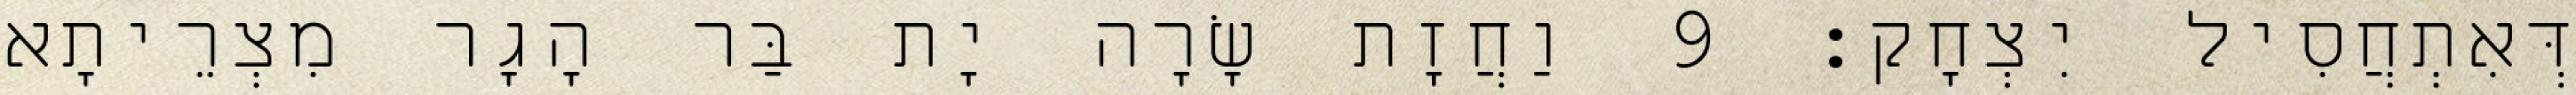
דְּאִתְחֲסִיל יִצְחָק׃ 9 וַחֲזָת שָׂרָה יָת בַּר הָגָר מִצְרֵיתָא